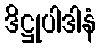
ဒိဋ္ဌုပါဒါနံ